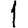
Digit: 1